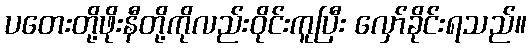
ပတေးတို့ဖိုးနီတို့ကိုလည်းဝိုင်းကူပြီး လှော်ခိုင်းရသည်။